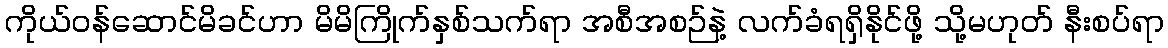
ကိုယ်ဝန်ဆောင်မိခင်ဟာ မိမိကြိုက်နှစ်သက်ရာ အစီအစဉ်နဲ့ လက်ခံရရှိနိုင်ဖို့ သို့မဟုတ် နီးစပ်ရာ